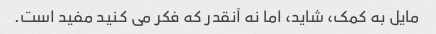
مایل به کمک، شاید، اما نه آنقدر که فکر می کنید مفید است.